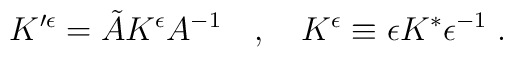
K'^{\epsilon} = \tilde{A} K^{\epsilon} A^{-1} \quad , \quad K^{\epsilon}\equiv \epsilon K^{*} \epsilon^{-1} \;.